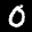
Label: 0